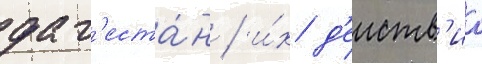
даг'еста́н / и́х д'еиств'иа